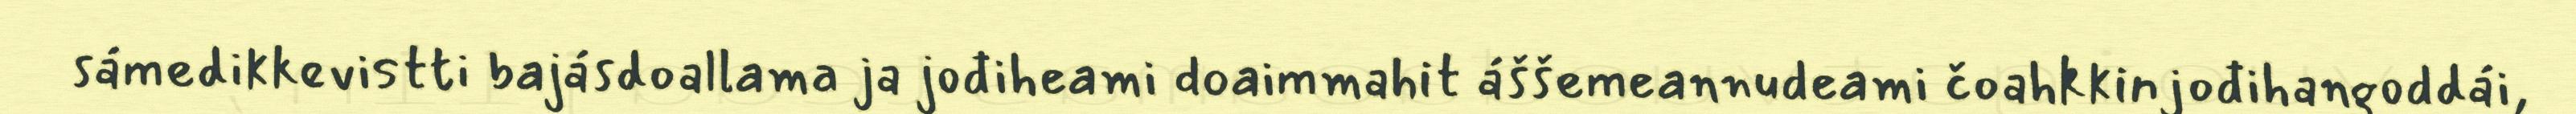
sámedikkevistti bajásdoallama ja jođiheami doaimmahit áššemeannudeami čoahkkinjođihangoddái,